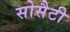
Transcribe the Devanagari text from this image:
सोसैटी